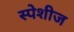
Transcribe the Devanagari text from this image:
स्पेशीज